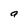
Character: a